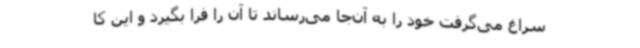
سراغ می‌گرفت خود را به آن‌جا می‌رساند تا آن را فرا بگیرد و این کا